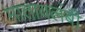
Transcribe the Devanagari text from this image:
मातावलंबी